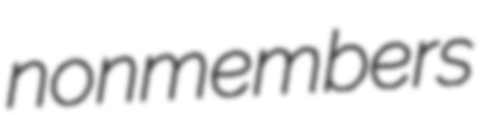
nonmembers